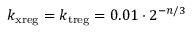
k _ { \mathrm { x r e g } } = k _ { \mathrm { t r e g } } = 0 . 0 1 \cdot 2 ^ { - n / 3 }